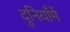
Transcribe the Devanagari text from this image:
दुनियाँमें